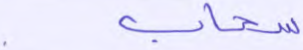
سحاب